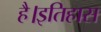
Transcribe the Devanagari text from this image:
है।इतिहास